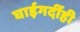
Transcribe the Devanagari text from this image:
घाईगर्दीही